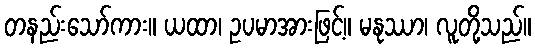
တနည်းသော်ကား။ ယထာ၊ ဥပမာအားဖြင့်။ မနုဿာ၊ လူတို့သည်။